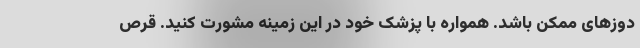
دوزهای ممکن باشد. همواره با پزشک خود در این زمینه مشورت کنید. قرص